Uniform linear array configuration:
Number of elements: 8
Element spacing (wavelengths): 1
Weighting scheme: exponential
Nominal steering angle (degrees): -45
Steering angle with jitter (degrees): -43.716
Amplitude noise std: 0.05
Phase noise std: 0.05

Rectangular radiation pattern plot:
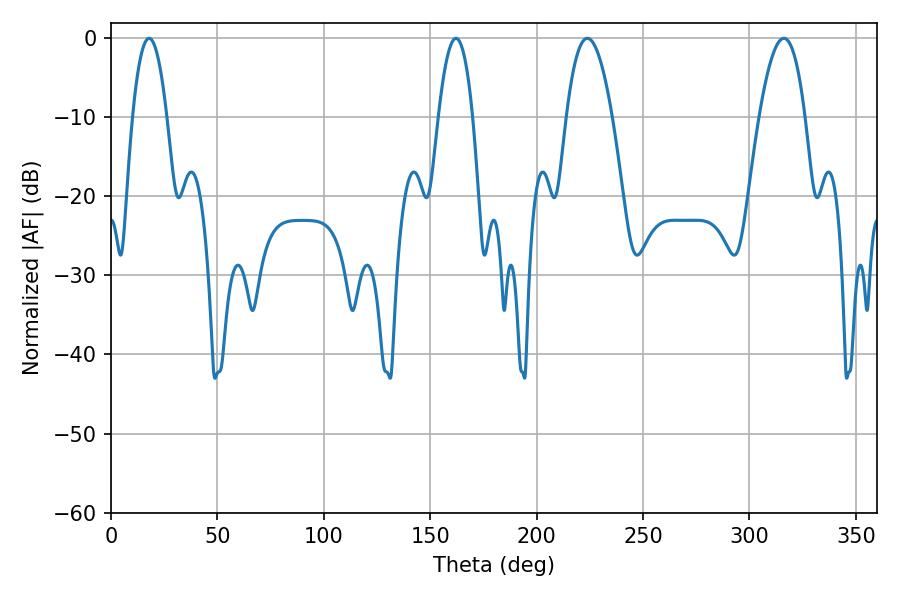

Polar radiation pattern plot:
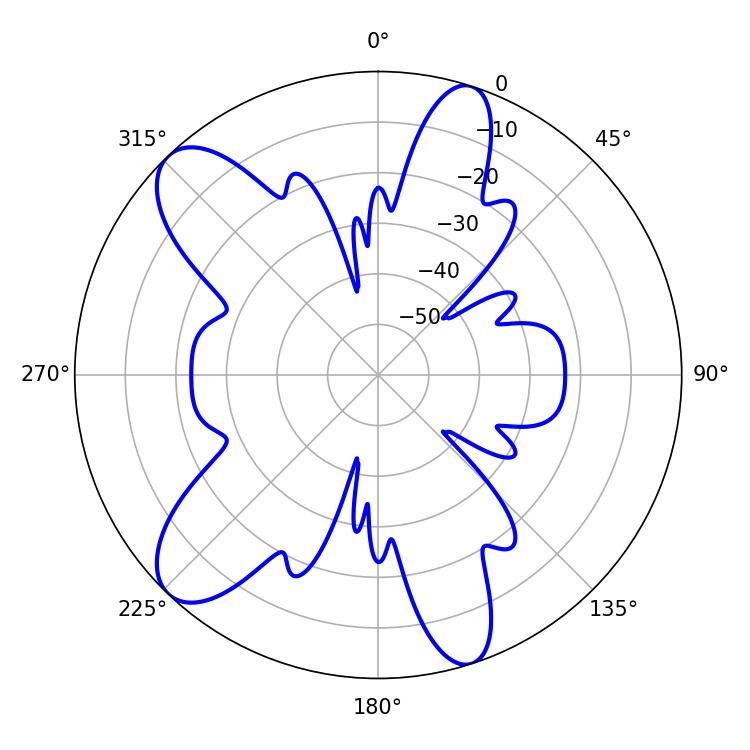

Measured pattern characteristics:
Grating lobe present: TRUE
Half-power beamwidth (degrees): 11.88
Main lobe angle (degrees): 223.92